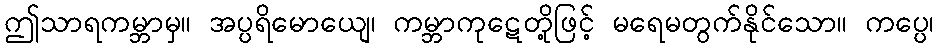
ဤသာရကမ္ဘာမှ။ အပ္ပရိမောယျေ၊ ကမ္ဘာကုဋေတို့ဖြင့် မရေမတွက်နိုင်သော။ ကပ္ပေ၊